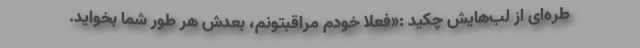
طره‌ای از لب‌هایش چکید :«فعلاً خودم مراقبتونم، بعدش هر طور شما بخواید.